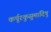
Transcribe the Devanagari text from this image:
कर्पूरकुसुमादिषु